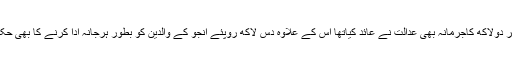
الیاسی پر دولاکھ کاجرمانہ بھی عدالت نے عائد کیاتھا اس کے علاوہ دس لاکھ روپئے انجو کے والدین کو بطور ہرجانہ ادا کرنے کا بھی حکم دیاتھا۔